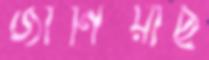
জানিয়াছ